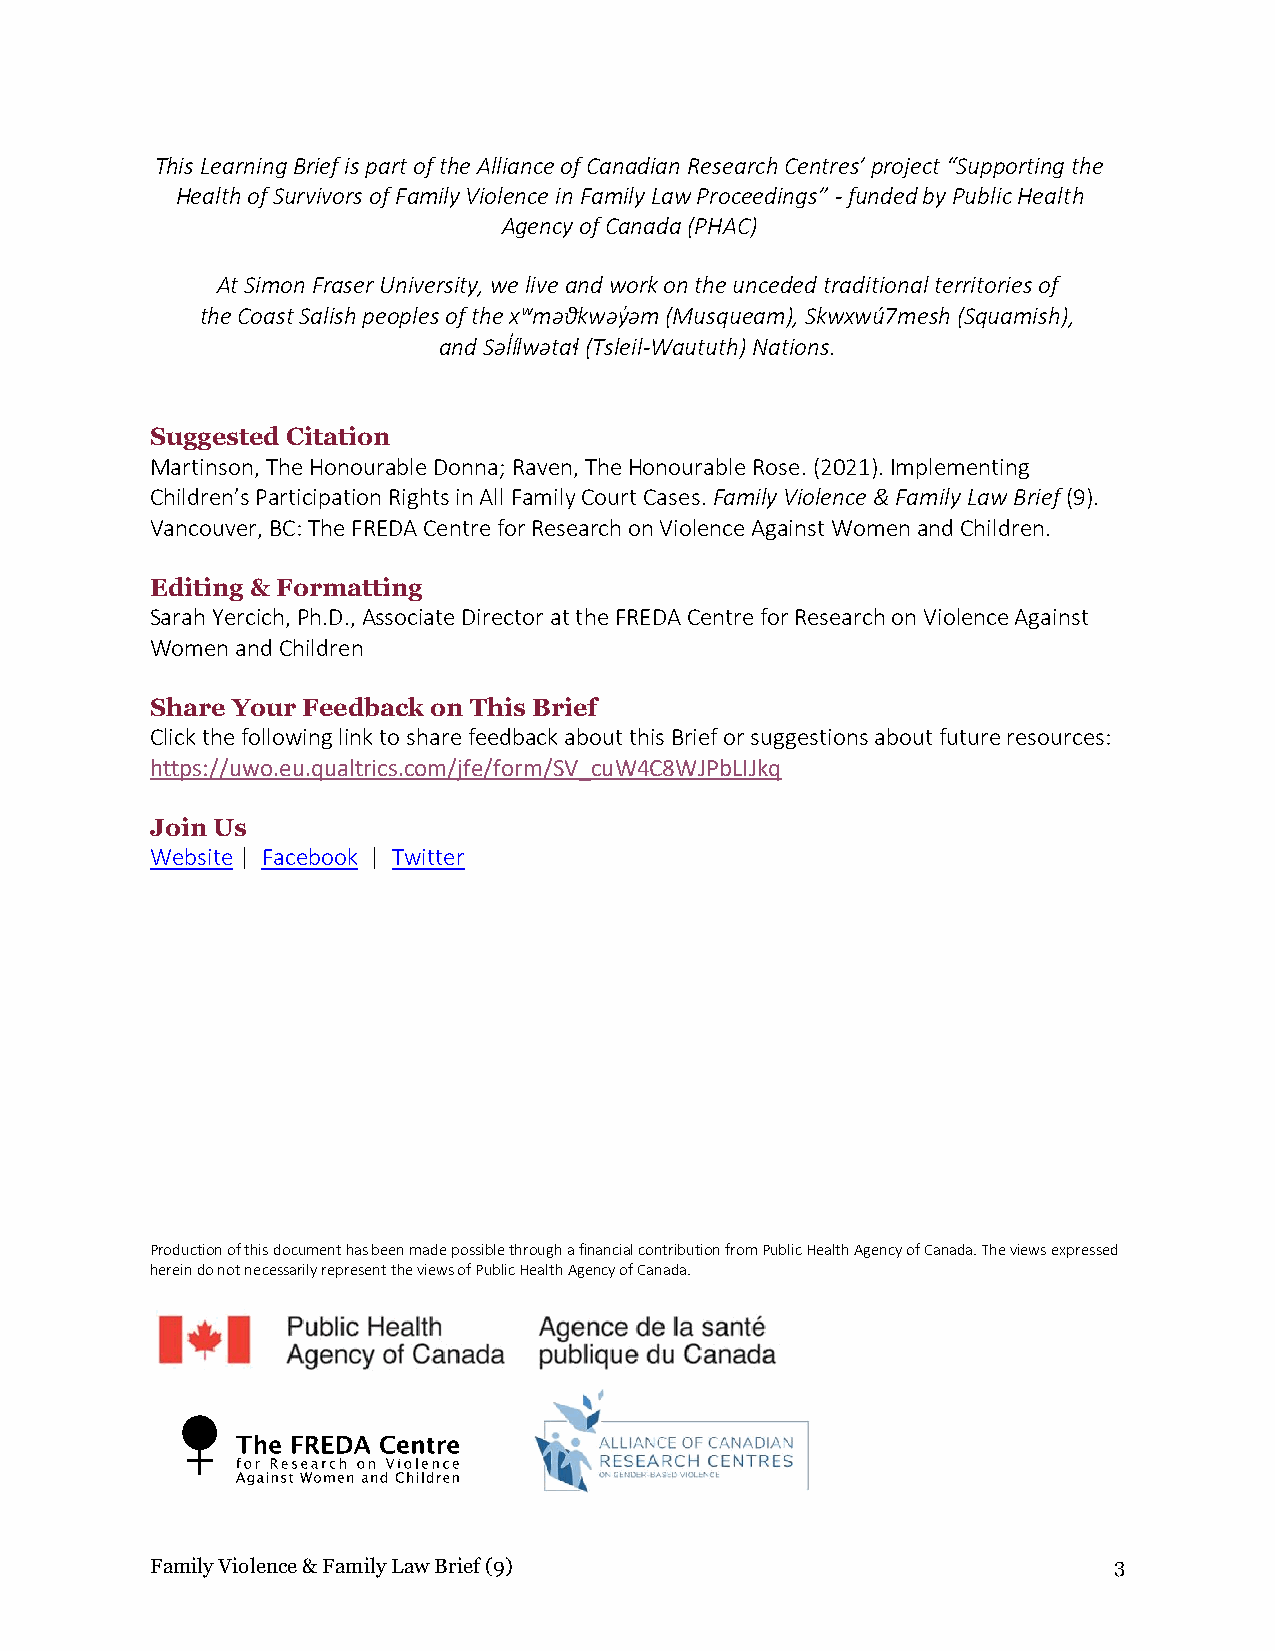
This Learning Brief is part of the Alliance of Canadian Research Centres’ project “Supporting the
 Health of Survivors of Family Violence in Family Law Proceedings” - funded by Public Health
 Agency of Canada (PHAC)
 At Simon Fraser University, we live and work on the unceded traditional territories of
 the Coast Salish peoples of the xʷməθkwəyə̓ m (Musqueam), Skwxwú7mesh (Squamish),
 and Səlí̓lwətaɬ (Tsleil-Waututh) Nations.
 Suggested Citation
 Martinson, The Honourable Donna; Raven, The Honourable Rose. (2021). Implementing
 Children’s Participation Rights in All Family Court Cases. Family Violence & Family Law Brief (9).
 Vancouver, BC: The FREDA Centre for Research on Violence Against Women and Children.
 Editing & Formatting
 Sarah Yercich, Ph.D., Associate Director at the FREDA Centre for Research on Violence Against
 Women and Children
 Share Your Feedback on This Brief
 Click the following link to share feedback about this Brief or suggestions about future resources:
 https://uwo.eu.qualtrics.com/jfe/form/SV_cuW4C8WJPbLIJkq
 Join Us
 Website | Facebook | Twitter
 Production of this document has been made possible through a financial contribution from Public Health Agency of Canada. The views expressed
 herein do not necessarily represent the views of Public Health Agency of Canada.
 Family Violence & Family Law Brief (9)                          3